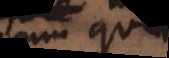
cum quis